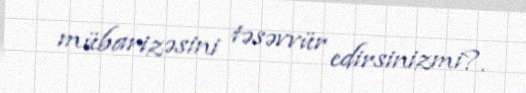
mübarizəsini təsəvvür edirsinizmi?.